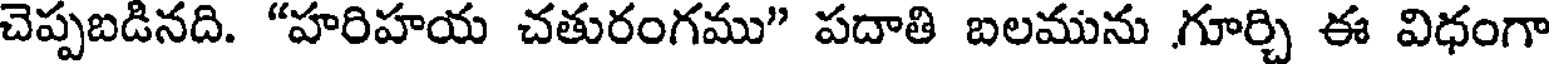
చెప్పబడినది. "హరిహయ చతురంగము" పదాతి బలమును ,గూర్చి ఈ విధంగా